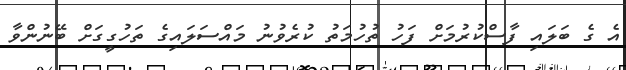
އެ ގެ ބަލައި ފާސްކުރުމަށް ފަހު ތުހުމަތު ކުރެވުނު މައްސަލައިގެ ތަހުގީގަށް ބޭނުންވާ